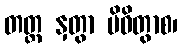
တတ္ထ နှတွာ ပိဝိတွာစ၊